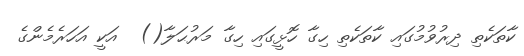
ކާތަކެތި ދިރުވުމުގައި ކާތަކެތި ހިގާ ހޮޅީގައި ހިގާ މަރުޙަލާ()  އަކީ އަހަރެމެންގެ